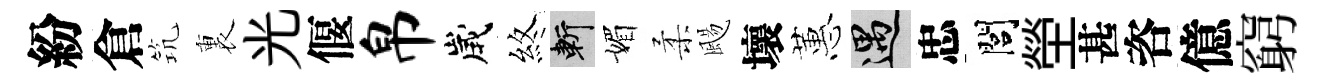
紛倉𥬑裏光偃帛歲煞斬媚柔颺壞蕙遇忠閭塋甚咨億窮